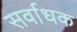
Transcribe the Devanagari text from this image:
सर्वाधक